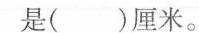
最小是()厘米。